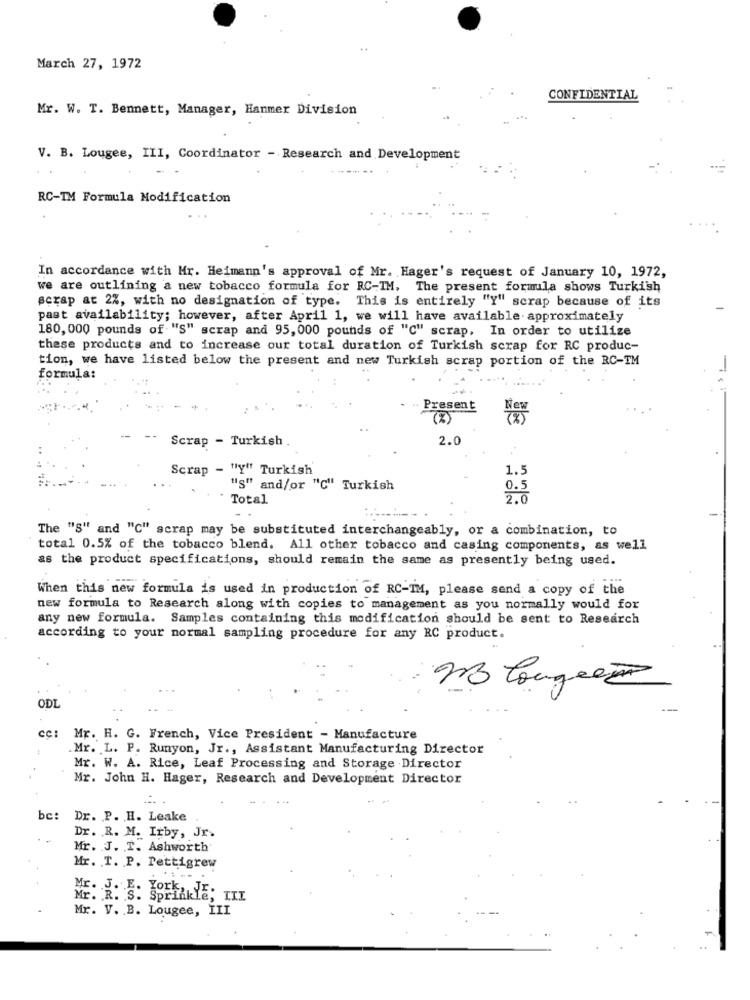
March 27, 1972
CONFIDENTIAL
Mr. W. T. Bennett, Manager, Hanmer Division
V. B. Lougee, III, Coordinator - Research and Development
RC-IM Formula Modification
In accordance with Mr. Heimann's approval of Mr. Hager's request of January 10, 1972,
we are outlining a new tobacco formula for RC-IM. The present formula shows Turkish
scrap at 2%, with no designation of type. This is entirely "Y" scrap because of its
past availability; however, after April 1, we will have available approximately
180, 000 pounds of "S" scrap and 95, 000 pounds of "C" scrap. In order to utilize
these products and to increase our total duration of Turkish scrap for RC produc-
tion, we have listed below the present and new Turkish scrap portion of the RC-TM
-
formula:
Present
(2)
Scrap - Turkish
2.0
Scrap - "Y" Turkish
1.
"s" and/or "C" Turkish
0.5
Total
2.0
The "S" and "C" scrap may be substituted interchangeably, or a combination, to
total 0.5% of the tobacco blend. All other tobacco and casing components, as well
as the product specifications, should remain the same as presently being used.
When this new formula is used in production of RC-IM, please send a copy of the
new formula to Research along with copies to management as you normally would for
any new formula. Samples containing this modification should be sent to Research
according to your normal sampling procedure for any RC product.
ODL
cc: Mr. H. G. French, Vice President - Manufacture
.Mr. L. P. Runyon, Jr ., Assistant Manufacturing Director
Mr. W. A. Rice, Leaf Processing and Storage Director
Mr. John H. Hager, Research and Development Director
bc:
Dr. P. H. Leake
Dr. R. M. Irby, Jr.
Mr. J. T. Ashworth
Mr. T. P. Pettigrew
Mr. J. E. YOEK
Mr. R. S. Sp
Mr. V. B. Lougee, III